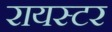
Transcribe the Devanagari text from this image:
रायस्टर